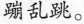
蹦乱跳。